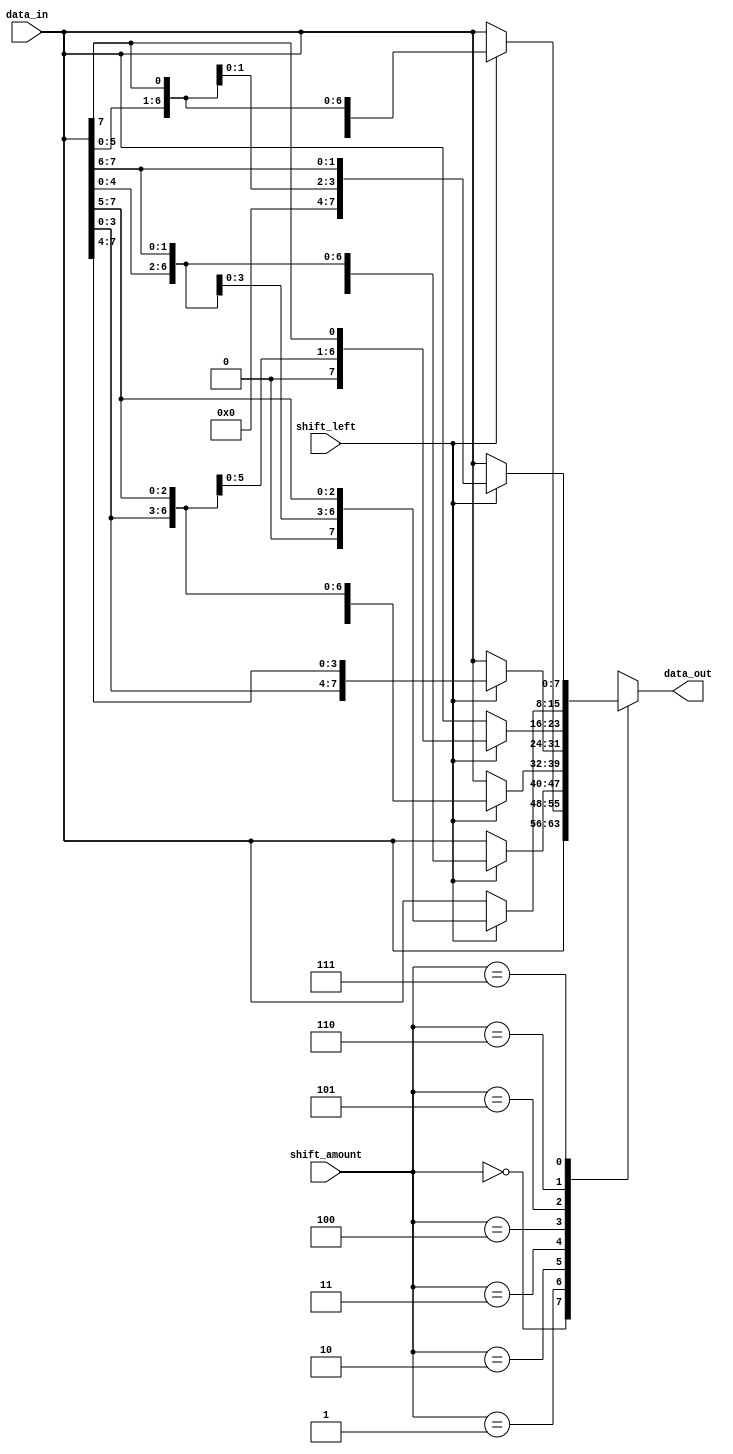
module barrel_shifter (
    input [7:0] data_in,
    input [2:0] shift_amount,
    input shift_left,
    output [7:0] data_out
);

reg [7:0] shifted_data;

always @(*) begin
    case(shift_amount)
        3'b000 : shifted_data = data_in;
        3'b001 : shifted_data = shift_left ? {data_in[6:0], data_in[7]} : {data_in[1:7], data_in[0]};
        3'b010 : shifted_data = shift_left ? {data_in[5:0], data_in[7:6]} : {data_in[2:7], data_in[0:1]};
        3'b011 : shifted_data = shift_left ? {data_in[4:0], data_in[7:5]} : {data_in[3:7], data_in[0:2]};
        3'b100 : shifted_data = shift_left ? {data_in[3:0], data_in[7:4]} : {data_in[4:7], data_in[0:3]};
        3'b101 : shifted_data = shift_left ? {data_in[2:0], data_in[7:5], data_in[7]} : {data_in[5:7], data_in[0:4]};
        3'b110 : shifted_data = shift_left ? {data_in[1:0], data_in[7:6], data_in[7:5]} : {data_in[6:7], data_in[0:5]};
        3'b111 : shifted_data = shift_left ? {data_in[0], data_in[7:7], data_in[7:6]} : {data_in[7], data_in[0:6]};
    endcase
end

assign data_out = shifted_data;

endmodule